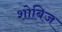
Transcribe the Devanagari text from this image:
शोबिज